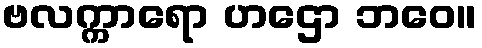
ဗလက္ကာရော ဟဌော ဘဝေ။